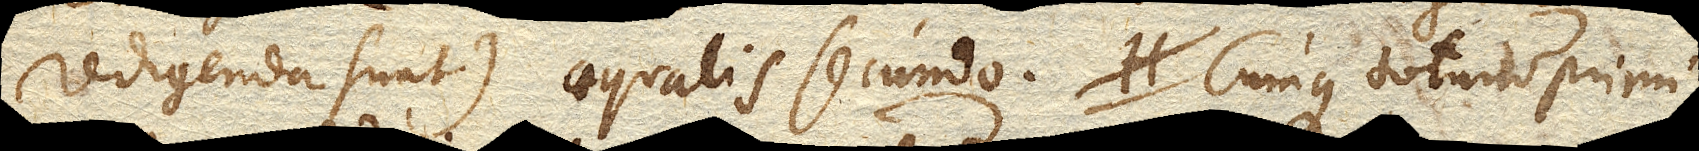
redigenda sunt) aequalis secundo. Cumque totum primi,